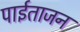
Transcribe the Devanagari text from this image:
पाईताजन